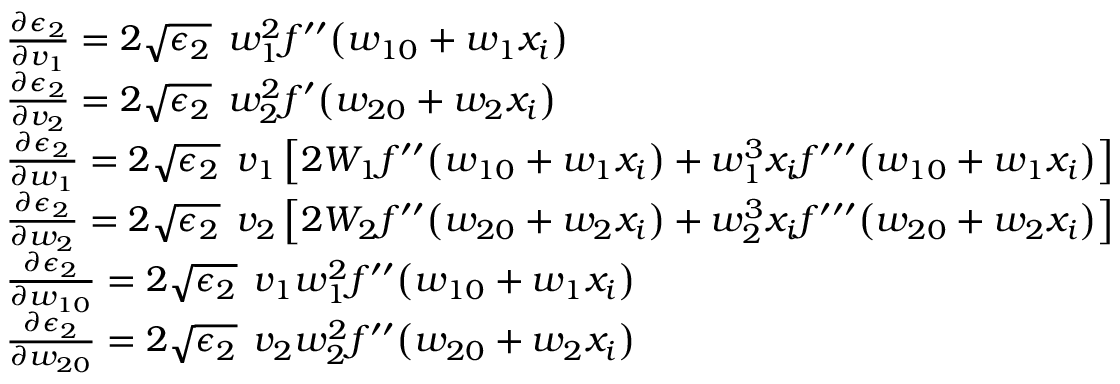
\begin{array} { r l } & { \frac { \partial \epsilon _ { 2 } } { \partial v _ { 1 } } = 2 \sqrt { \epsilon _ { 2 } } \: \: w _ { 1 } ^ { 2 } f ^ { \prime \prime } \big ( w _ { 1 0 } + w _ { 1 } x _ { i } \big ) } \\ & { \frac { \partial \epsilon _ { 2 } } { \partial v _ { 2 } } = 2 \sqrt { \epsilon _ { 2 } } \: \: w _ { 2 } ^ { 2 } f ^ { \prime } \big ( w _ { 2 0 } + w _ { 2 } x _ { i } \big ) } \\ & { \frac { \partial \epsilon _ { 2 } } { \partial w _ { 1 } } = 2 \sqrt { \epsilon _ { 2 } } \: \: v _ { 1 } \left[ 2 W _ { 1 } f ^ { \prime \prime } \big ( w _ { 1 0 } + w _ { 1 } x _ { i } \big ) + w _ { 1 } ^ { 3 } x _ { i } f ^ { \prime \prime \prime } \big ( w _ { 1 0 } + w _ { 1 } x _ { i } \big ) \right] } \\ & { \frac { \partial \epsilon _ { 2 } } { \partial w _ { 2 } } = 2 \sqrt { \epsilon _ { 2 } } \: \: v _ { 2 } \left[ 2 W _ { 2 } f ^ { \prime \prime } \big ( w _ { 2 0 } + w _ { 2 } x _ { i } \big ) + w _ { 2 } ^ { 3 } x _ { i } f ^ { \prime \prime \prime } \big ( w _ { 2 0 } + w _ { 2 } x _ { i } \big ) \right] } \\ & { \frac { \partial \epsilon _ { 2 } } { \partial w _ { 1 0 } } = 2 \sqrt { \epsilon _ { 2 } } \: \: v _ { 1 } w _ { 1 } ^ { 2 } f ^ { \prime \prime } \big ( w _ { 1 0 } + w _ { 1 } x _ { i } \big ) } \\ & { \frac { \partial \epsilon _ { 2 } } { \partial w _ { 2 0 } } = 2 \sqrt { \epsilon _ { 2 } } \: \: v _ { 2 } w _ { 2 } ^ { 2 } f ^ { \prime \prime } \big ( w _ { 2 0 } + w _ { 2 } x _ { i } \big ) } \end{array}